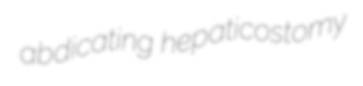
abdicating hepaticostomy